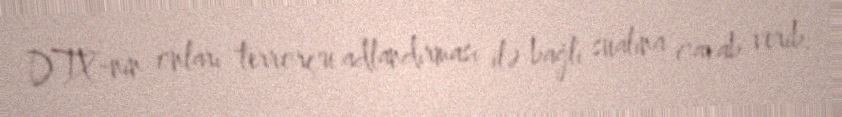
DTX-nin onları terrorçu adlandırması ilə bağlı sualına cavab verib.